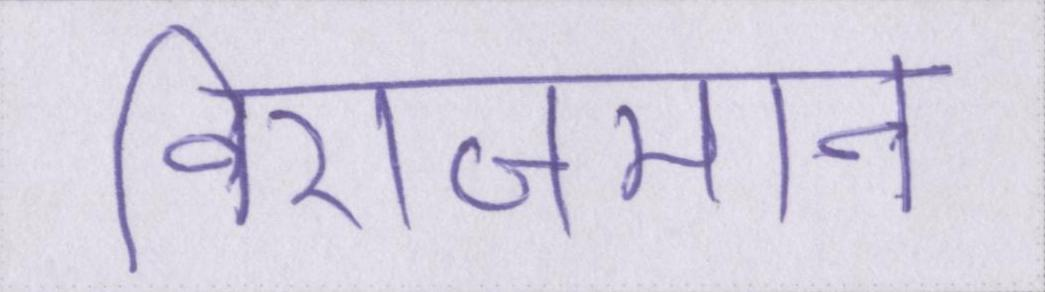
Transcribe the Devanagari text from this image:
विराजमान